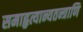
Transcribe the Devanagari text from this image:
समाहृत्यान्यतन्त्राणि